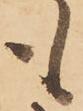
も